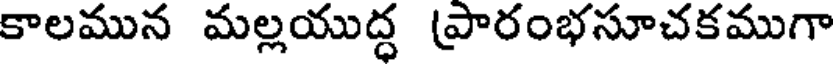
కాలమున మల్లయుద్ధ (పారంభసూచకముగా